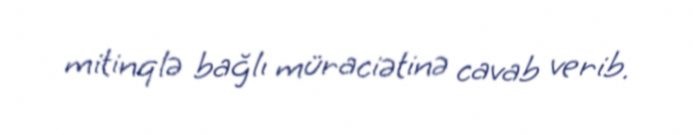
mitinqlə bağlı müraciətinə cavab verib.